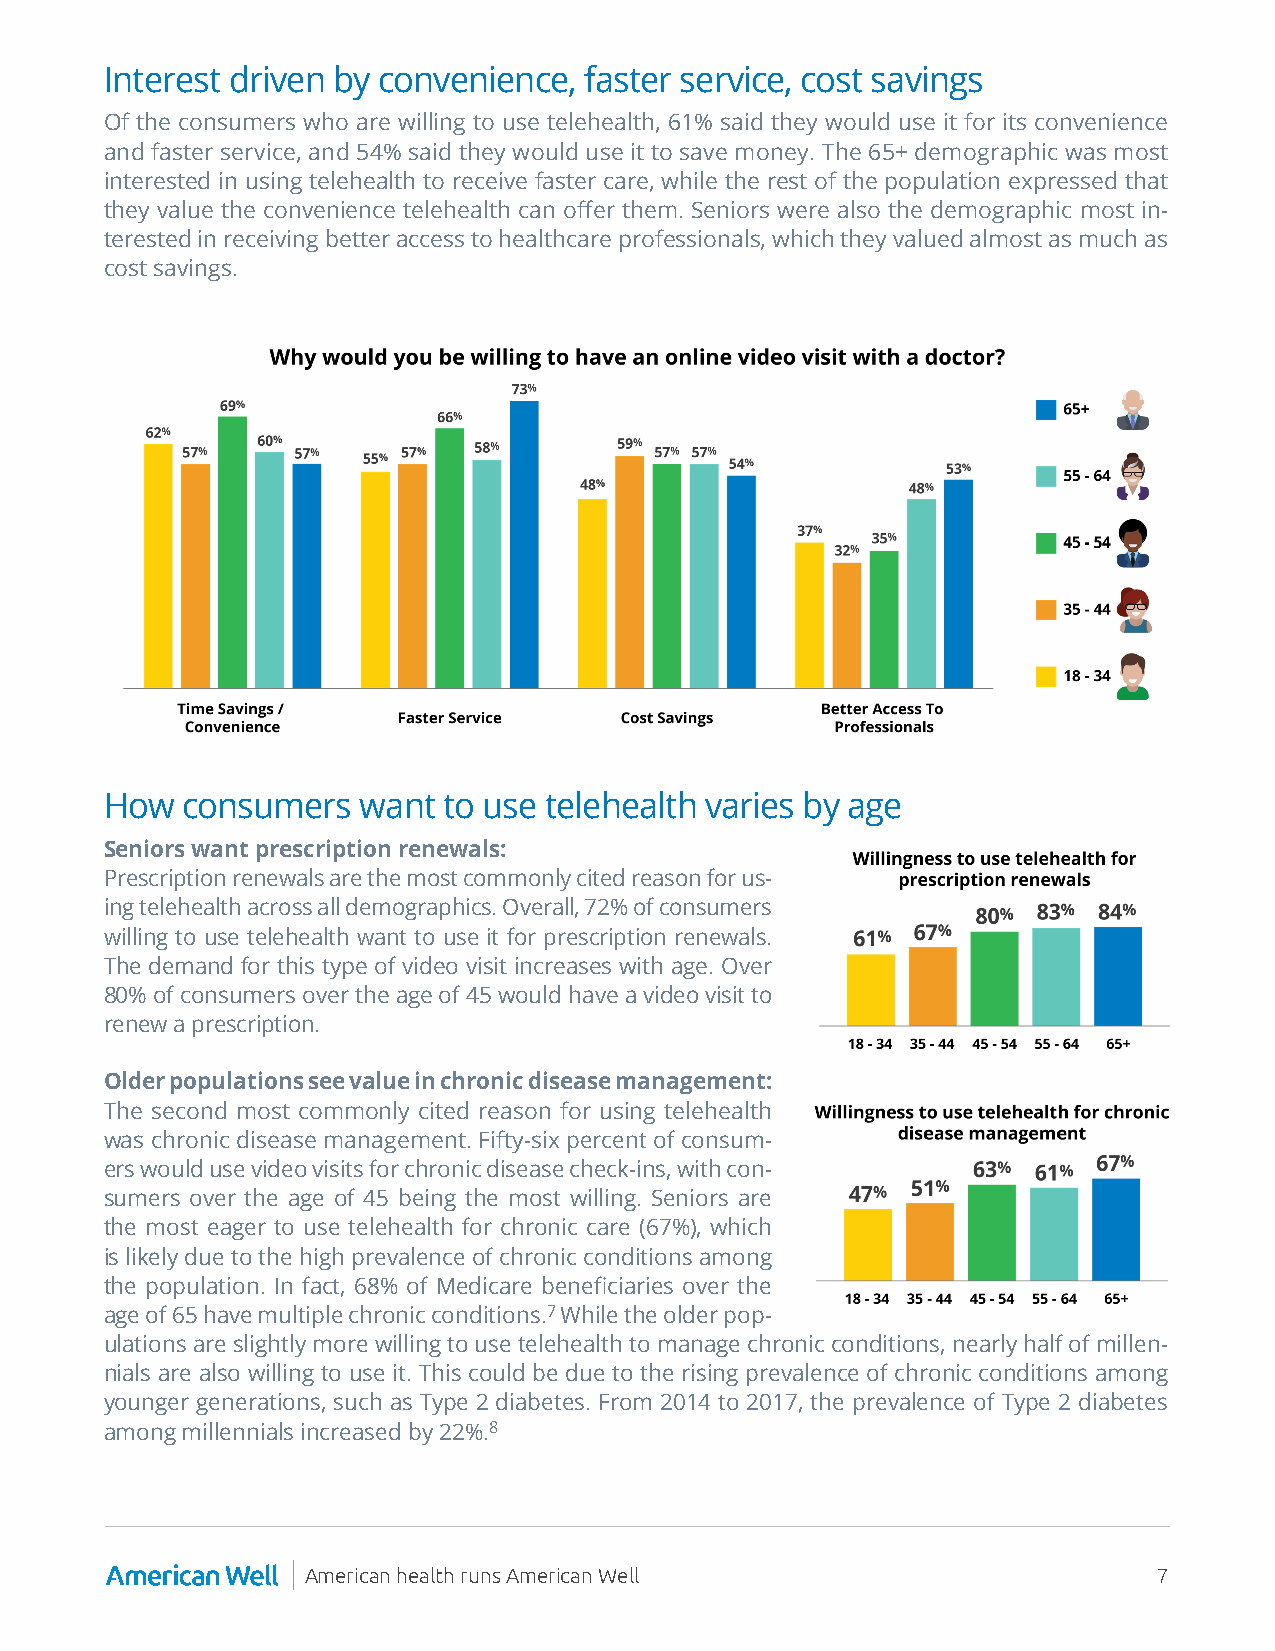
Interest driven by convenience, faster service, cost savings
 Of the consumers who are willing to use telehealth, 61% said they would use it for its convenience
 and faster service, and 54% said they would use it to save money. The 65+ demographic was most
 interested in using telehealth to receive faster care, while the rest of the population expressed that
 they value the convenience telehealth can offer them. Seniors were also the demographic most in-
 terested in receiving better access to healthcare professionals, which they valued almost as much as
 cost savings.
 How  consumers   want to use telehealth varies by age
 Seniors want prescription renewals:
 Prescription renewals are the most commonly cited reason for us-
 ing telehealth across all demographics. Overall, 72% of consumers
 willing to use telehealth want to use it for prescription renewals.
 The demand for this type of video visit increases with age. Over
 80% of consumers over the age of 45 would have a video visit to
 renew a prescription.
 Older populations see value in chronic disease management:
 The second most commonly cited reason for using telehealth
 was chronic disease management. Fifty-six percent of consum-
 ers would use video visits for chronic disease check-ins, with con-
 sumers over the age of 45 being the most willing. Seniors are
 the most eager to use telehealth for chronic care (67%), which
 is likely due to the high prevalence of chronic conditions among
 the population. In fact, 68% of Medicare beneficiaries over the
 age of 65 have multiple chronic conditions.7 While the older pop-
 ulations are slightly more willing to use telehealth to manage chronic conditions, nearly half of millen-
 nials are also willing to use it. This could be due to the rising prevalence of chronic conditions among
 younger generations, such as Type 2 diabetes. From 2014 to 2017, the prevalence of Type 2 diabetes
 among millennials increased by 22%.8
 American health runs American Well                       7